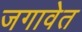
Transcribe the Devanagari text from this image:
जगावेत